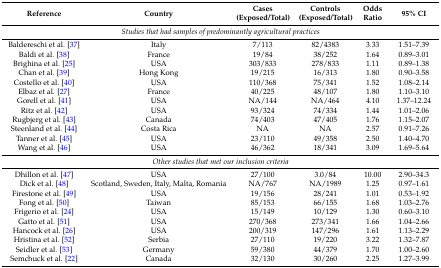
<table><thead><tr><td><b>Reference</b></td><td><b>Country</b></td><td><b>Cases (Exposed/Total)</b></td><td><b>Controls (Exposed/Total)</b></td><td><b>Odds Ratio</b></td><td><b>95% CI</b></td></tr></thead><tbody><tr><td colspan="6"><i>Studies that had samples of predominantly agricultural practices</i></td></tr><tr><td>Baldereschi et al. [37]</td><td>Italy</td><td>7/113</td><td>82/4383</td><td>3.33</td><td>1.51–7.39</td></tr><tr><td>Baldi et al. [38]</td><td>France</td><td>19/84</td><td>38/252</td><td>1.64</td><td>0.89–3.01</td></tr><tr><td>Brighina et al. [25]</td><td>USA</td><td>303/833</td><td>278/833</td><td>1.11</td><td>0.89–1.38</td></tr><tr><td>Chan et al. [39]</td><td>Hong Kong</td><td>19/215</td><td>16/313</td><td>1.80</td><td>0.90–3.58</td></tr><tr><td>Costello et al. [40]</td><td>USA</td><td>110/368</td><td>75/341</td><td>1.52</td><td>1.08–2.14</td></tr><tr><td>Elbaz et al. [27]</td><td>France</td><td>40/225</td><td>48/107</td><td>1.80</td><td>1.10–3.10</td></tr><tr><td>Gorell et al. [41]</td><td>USA</td><td>NA/144</td><td>NA/464</td><td>4.10</td><td>1.37–12.24</td></tr><tr><td>Ritz et al. [42]</td><td>USA</td><td>93/324</td><td>74/334</td><td>1.44</td><td>1.01–2.06</td></tr><tr><td>Rugbjerg et al. [43]</td><td>Canada</td><td>74/403</td><td>47/405</td><td>1.76</td><td>1.15–2.07</td></tr><tr><td>Steenland et al. [44]</td><td>Costa Rica</td><td>NA</td><td>NA</td><td>2.57</td><td>0.91–7.26</td></tr><tr><td>Tanner et al. [45]</td><td>USA</td><td>23/110</td><td>49/358</td><td>2.50</td><td>1.40–4.70</td></tr><tr><td>Wang et al. [46]</td><td>USA</td><td>46/362</td><td>18/341</td><td>3.09</td><td>1.69–5.64</td></tr><tr><td colspan="6"><i>Other studies that met our inclusion criteria</i></td></tr><tr><td>Dhillon et al. [47]</td><td>USA</td><td>27/100</td><td>3.0/84</td><td>10.00</td><td>2.90–34.3</td></tr><tr><td>Dick et al. [48]</td><td>Scotland, Sweden, Italy, Malta, Romania</td><td>NA/767</td><td>NA/1989</td><td>1.25</td><td>0.97–1.61</td></tr><tr><td>Firestone et al. [49]</td><td>USA</td><td>19/156</td><td>28/241</td><td>1.01</td><td>0.53–1.92</td></tr><tr><td>Fong et al. [50]</td><td>Taiwan</td><td>85/153</td><td>66/155</td><td>1.68</td><td>1.03–2.76</td></tr><tr><td>Frigerio et al. [24]</td><td>USA</td><td>15/149</td><td>10/129</td><td>1.30</td><td>0.60–3.10</td></tr><tr><td>Gatto et al. [51]</td><td>USA</td><td>270/368</td><td>273/341</td><td>1.66</td><td>1.04–2.66</td></tr><tr><td>Hancock et al. [26]</td><td>USA</td><td>200/319</td><td>147/296</td><td>1.61</td><td>1.13–2.29</td></tr><tr><td>Hristina et al. [52]</td><td>Serbia</td><td>27/110</td><td>19/220</td><td>3.22</td><td>1.32–7.87</td></tr><tr><td>Seidler et al. [53]</td><td>Germany</td><td>59/380</td><td>44/379</td><td>1.70</td><td>1.00–2.60</td></tr><tr><td>Semchuck et al. [22]</td><td>Canada</td><td>32/130</td><td>30/260</td><td>2.25</td><td>1.27–3.99</td></tr></tbody></table>